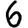
Digit: 6